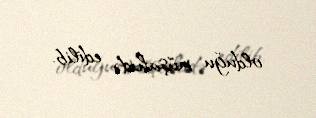
olduğu müşahidə edilib.